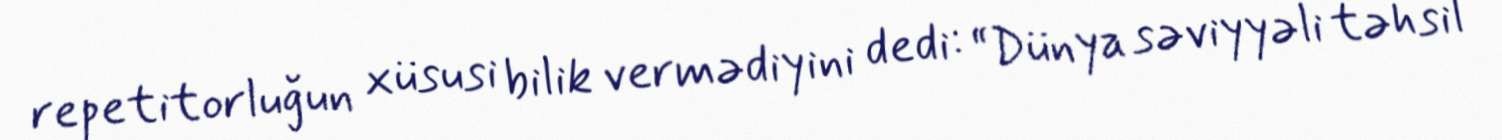
repetitorluğun xüsusi bilik vermədiyini dedi: “Dünya səviyyəli təhsil